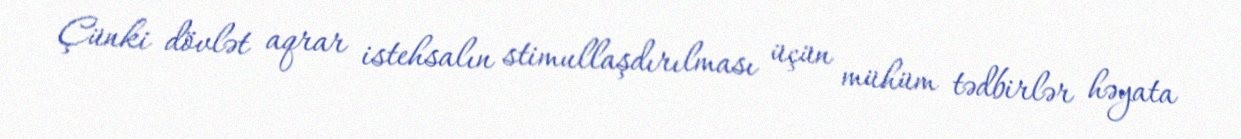
Çünki dövlət aqrar istehsalın stimullaşdırılması üçün mühüm tədbirlər həyata